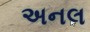
અનલ